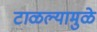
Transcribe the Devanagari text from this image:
टाळल्यामुळे